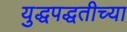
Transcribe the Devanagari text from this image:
युद्धपद्धतीच्या